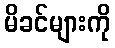
မိခင်များကို